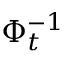
\Phi _ { t } ^ { - 1 }